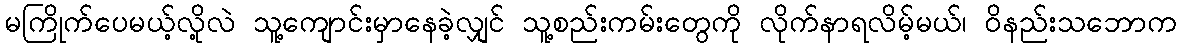
မကြိုက်ပေမယ့်လို့လဲ သူ့ကျောင်းမှာနေခဲ့လျှင် သူ့စည်းကမ်းတွေကို လိုက်နာရလိမ့်မယ်၊ ဝိနည်းသဘောက